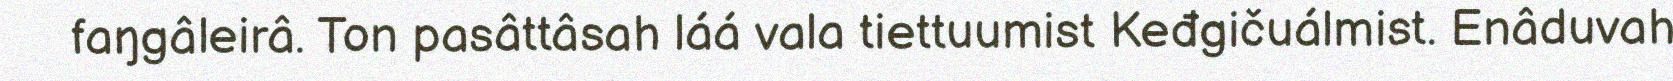
faŋgâleirâ. Ton pasâttâsah láá vala tiettuumist Keđgičuálmist. Enâduvah